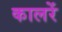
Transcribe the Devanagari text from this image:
कालरें